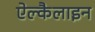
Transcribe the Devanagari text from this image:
ऐल्कैलाइन